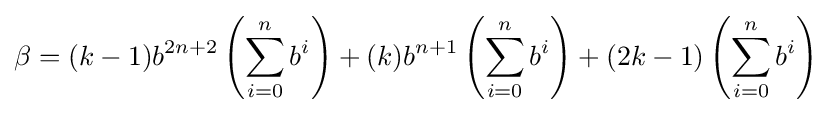
\beta =(k-1)b^{2n+2}\left(\sum _{i=0}^{n}b^{i}\right)+(k)b^{n+1}\left(\sum _{i=0}^{n}b^{i}\right)+(2k-1)\left(\sum _{i=0}^{n}b^{i}\right)